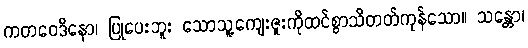
ကတဝေဒိနော၊ ပြုပေးဘူး သောသူ့ကျေးဇူးကိုထင်စွာသိတတ်ကုန်သော။ သန္တော၊